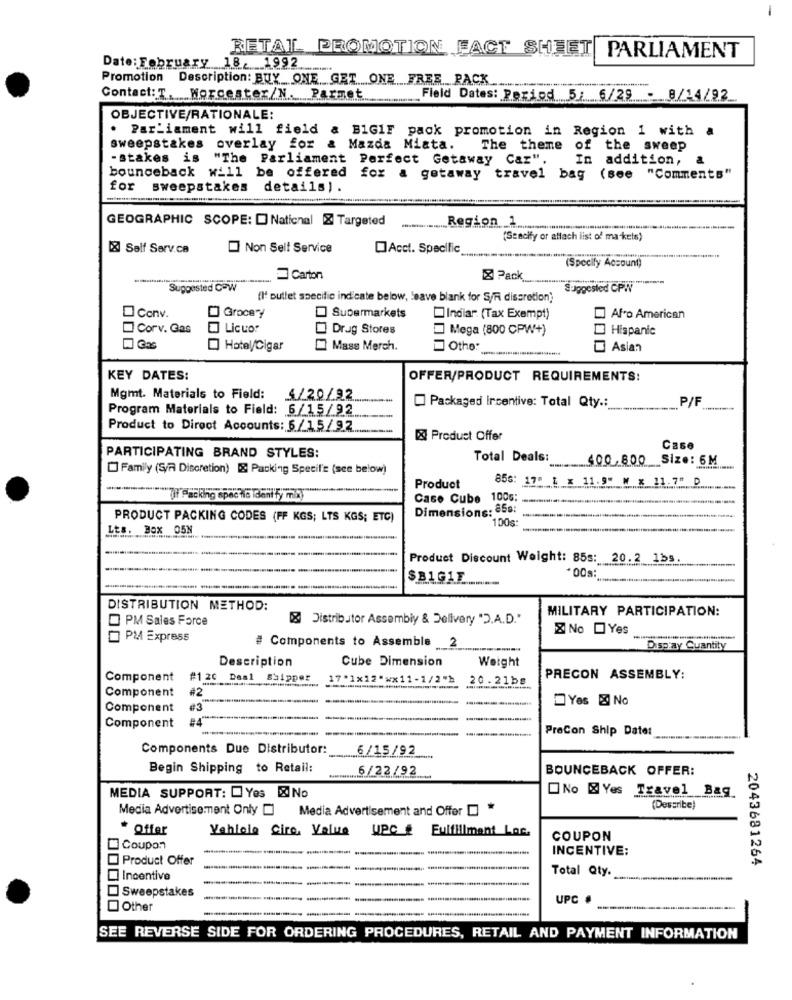
RETAL PROMOTION FACT SHEET
PARLIAMENT
Date: February 18.1992.
Promotion Description: BUY ONE GET ONE FREE PACK .......
Contact: T. Worcester/N. Parmet
Field Dates: Period 5: 6/29
8/14/92
OBJECTIVE/RATIONALE:
. Parliament will field & B1GIF pack promotion in Region 1 with a
sweepstakes overlay for &
Mazda Miata.
The theme of
the sweep
-stakes is "The Parliament Perfect Getaway Caz".
In
addition,
&
bounceback will be offered
for a getaway travel bag
(see "Comments"
for sweepstakes details).
GEOGRAPHIC SCOPE: D Naticnel & Targeted
(Seacify or attach list of ma kets)
& Salf Serv.ca
Non Self Service
Acct. Specific
(Specify Account)
Carton
Pack
Suggested COW
Suggested CPW"
(l' outlet specific indicate below, leave blank for S/F discretion)
conv.
[] Grocery
Supermarkets
Indiar. (Tax Exempt)
Afro American
Corv. Gas
Liceo!
Drug Stores
Mega (800 CPW+)
Hispanic
Hotel/Cigar
Mass Merch.
Othe:
Asian
KEY DATES:
OFFER/PRODUCT REQUIREMENTS:
Mgmt. Materials to Field:
4/20/92
P/F
Program Materials to Field: 6/15/92
Packaged Incentive: Total Qty .:
Product to Direct Accounts: 6/15/92
& Product Offer
Case
PARTICIPATING BRAND STYLES:
Total Deals:
400,800
Size: 6M
[] Family (S/A Discretion) & Packing Specife (see below)
856: 17" 1 x 11.9" M x 11.7" D
Product
Ul Packing spec his Ident fy mi
Case Cube 100g:
Dimensions: 858:
PRODUCT PACKING CODES (FF KGS; LTS KGS; ETC)
100g:
Lts. Box 05N
Product Discount Weight: 85s: 20.2 1bs
SB1G1F
*00s:
DISTRIBUTION METHOD:
MILITARY PARTICIPATION:
PM Sales Force
Distributor Assembly & Delivery "D.A.D."
No Yes
PM Express
# Components to Assemble 2
Display Quantity
Cube Dimension
Weight
Description
Component
#1 20 Daa1 Shipper
wx11-1/2"b
20.21bs
PRECON ASSEMBLY:
Component
#2
Yos & No
Component
#3
#4
-
Component
PreCon Ship Date:
Components Due Distributor:
6/15/92
Begin Shipping to Retail:
6/22/92
BOUNCEBACK OFFER:
No & Yes Travel Bag
MEDIA SUPPORT: Yes No
Media Advertisement Only [
Media Advertisement and Offer *
(Describe)
* Offer
Yahlele Cire. Value
UPC # Fulfillment Lac.
COUPON
Coupon
INCENTIVE:
Product Offer
2043681264
Total Qty.
Incentive
] Sweepstakes
UPC
Other
SEE REVERSE SIDE FOR ORDERING PROCEDURES, RETAIL AND PAYMENT INFORMATION